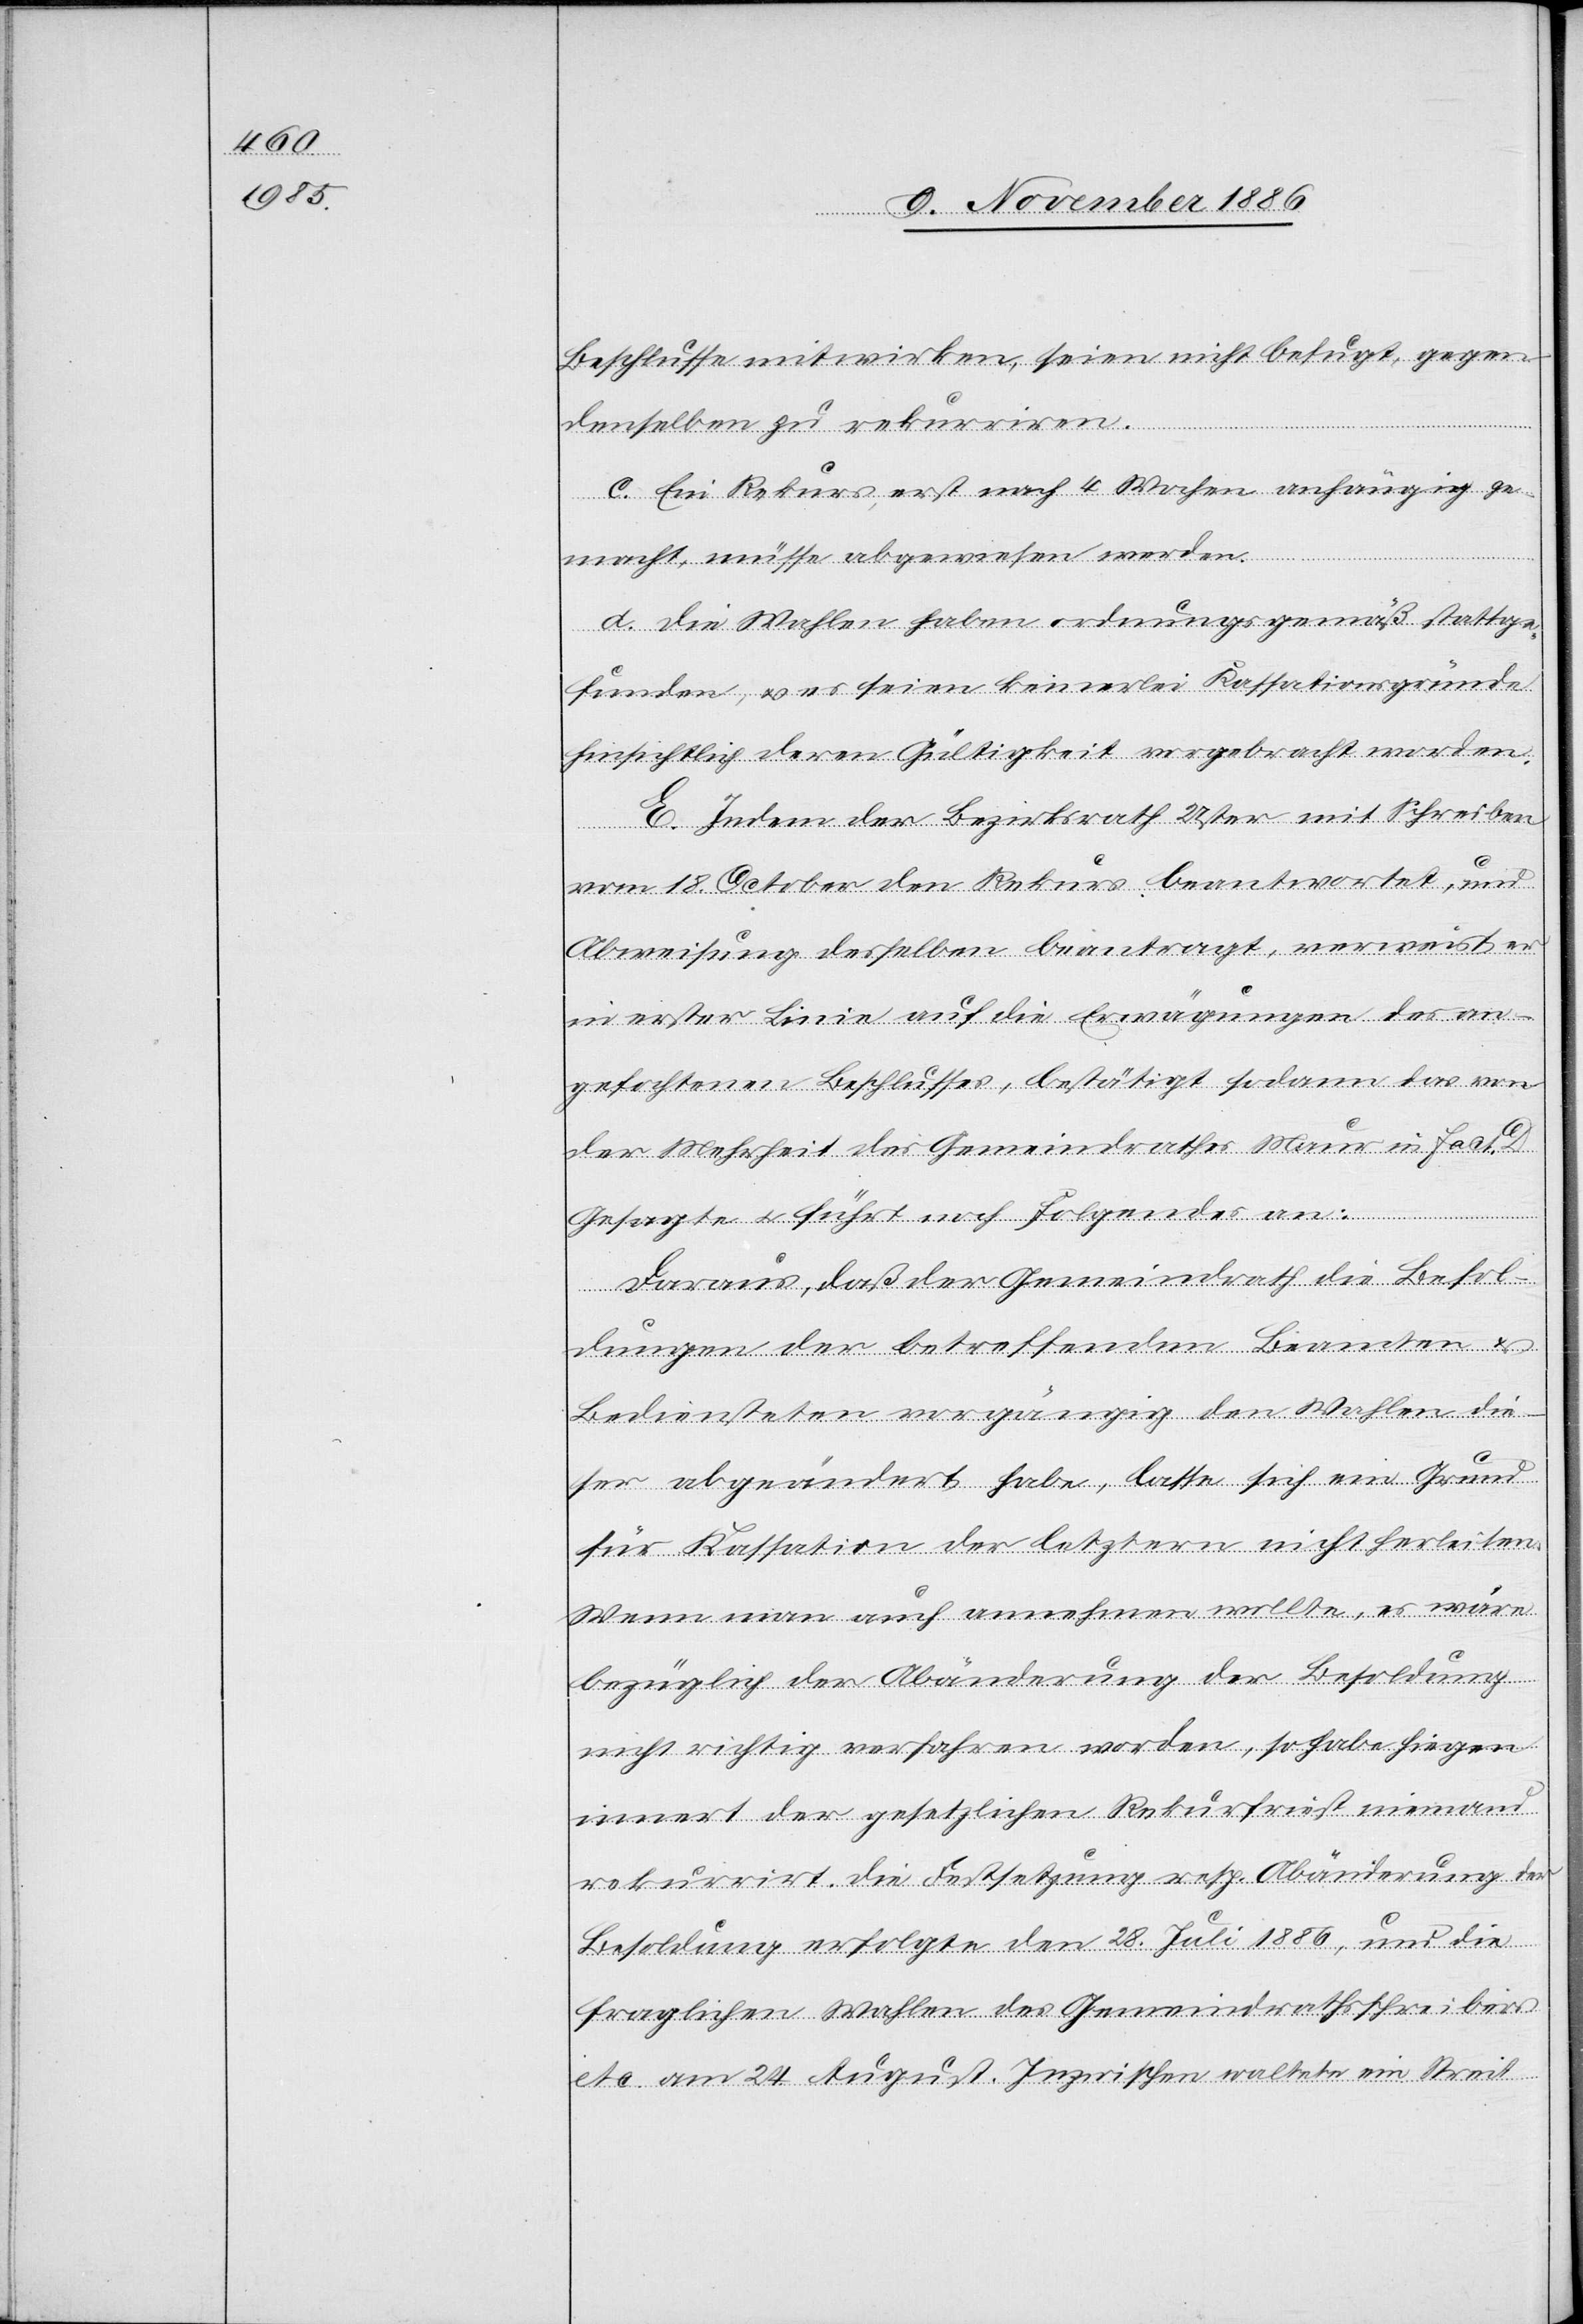
Beschlusse mitwirken, seien nicht befugt, gegen
denselben zu rekurriren.
c. Ein Rekurs, erst nach 4 Wochen anhängig ge¬
macht, müsse abgewiesen werden.
d. Die Wahlen haben ordnungsgemäß stattge¬
funden, & es seien keinerlei Kassationsgründe
hinsichtlich deren Gültigkeit vorgebracht worden.
E. Indem der Bezirksrath Uster mit Schreiben
vom 18. October den Rekurs beantwortet, und
Abweisung desselben beantragt, verweist er
in erster Linie auf die Erwägungen des an¬
gefochtenen Beschlusses, bestätigt sodann das von
der Mehrheit des Gemeindrathes Maur in Fact.
D
Gesagte & führt noch folgendes an:
Daraus, daß der Gemeindrath die Besol¬
dungen der betreffenden Beamten &
Bediensteten vorgängig den Wahlen die¬
ser abgeändert habe, lasse sich ein Grund
für Kassation der letztern nicht herleiten.
Wenn man auch annehmen wollte, es wäre
bezüglich der Abänderung der Besoldung
nicht richtig verfahren worden, so habe hiege[ge]n
innert der gesetzlichen Rekur[s]frist niemand
rekurrirt. Die Festsetzung resp. Abänderung der
Besoldung erfolgte den 28. Juli 1886, und die
fraglichen Wahlen des Gemeindrathsschreibers
etc. am 24. August. Inzwischen waltete ein Streit